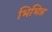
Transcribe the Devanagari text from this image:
भिभिन्न